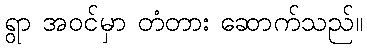
ရွာ အဝင်မှာ တံတား ဆောက်သည်။